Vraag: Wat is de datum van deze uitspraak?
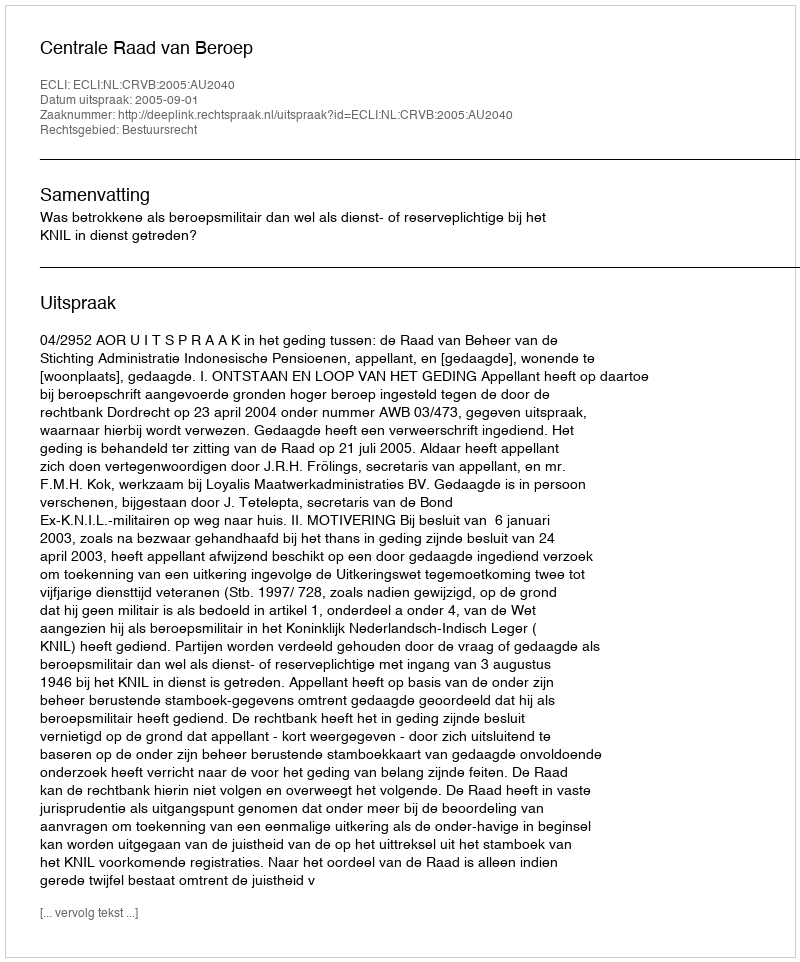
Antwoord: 2005-09-01